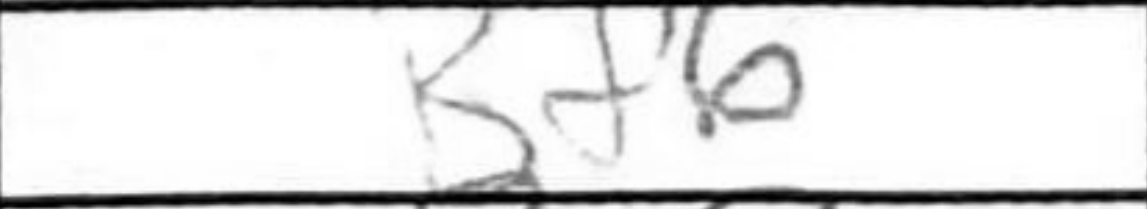
Transcription: Bf6